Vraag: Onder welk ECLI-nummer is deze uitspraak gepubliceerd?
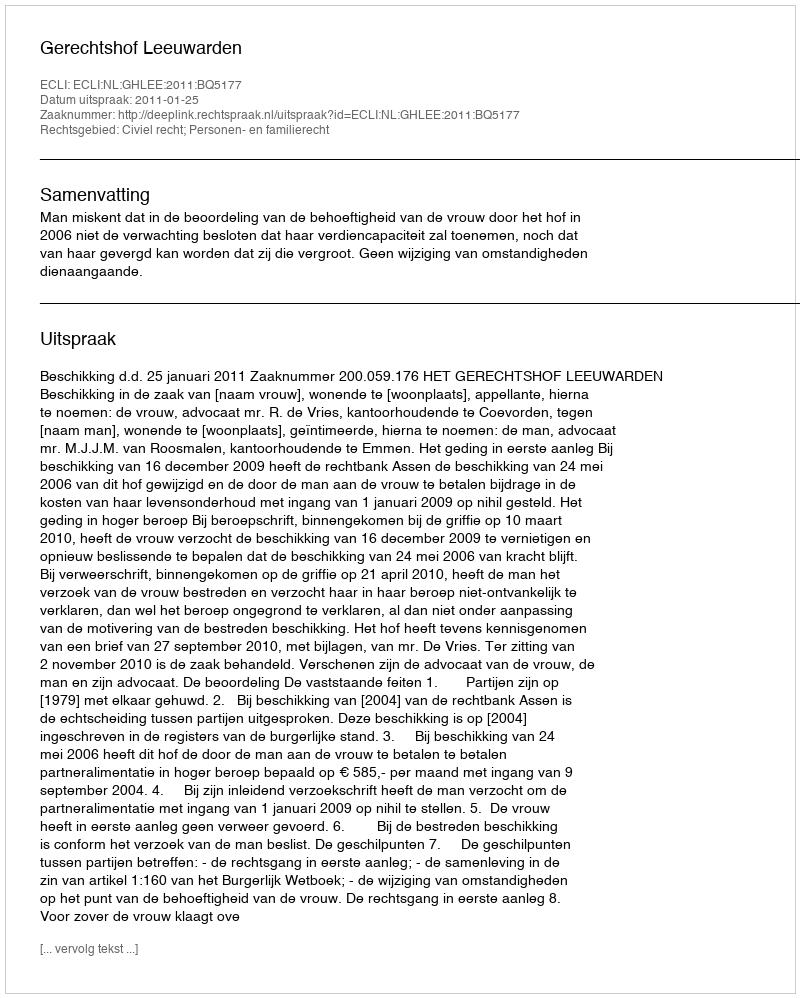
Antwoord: ECLI:NL:GHLEE:2011:BQ5177